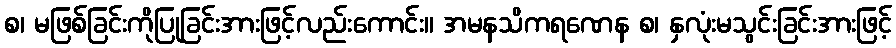
စ၊ မဖြစ်ခြင်းကိုပြုခြင်းအားဖြင့်လည်းကောင်း။ အမနသိကရဏေန စ၊ နှလုံးမသွင်းခြင်းအားဖြင့်